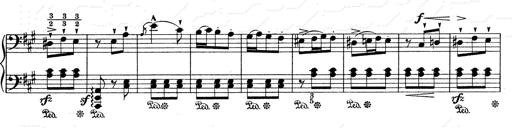
Title: Mephisto Waltz No.1
Composer: Franz Liszt